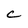
Character: C